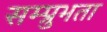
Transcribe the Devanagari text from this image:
सम्प्रुभता